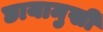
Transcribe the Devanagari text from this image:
छायामुखी